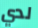
لدي